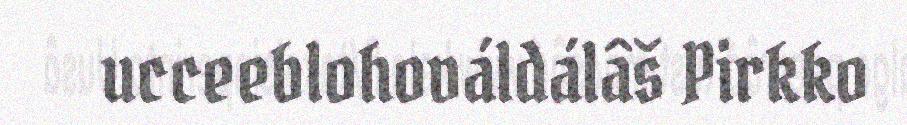
ucceeblohováldálâš Pirkko